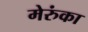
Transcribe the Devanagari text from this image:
मेरुंका